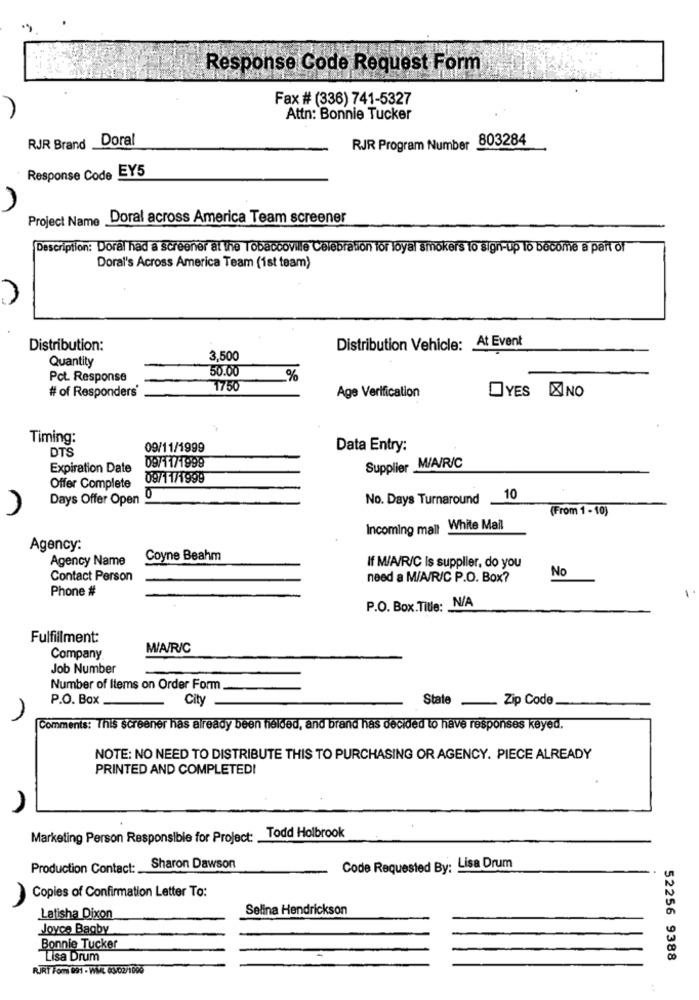
Response Code Request Form
Fax # (336) 741-5327
Attn: Bonnie Tucker
RJR Brand Doral
RJR Program Number 803284
Response Code EY5
Project Name Doral across America Team screener
Description: Doral had a screener at the Tobaccoville Celebration for loyal smokers to sign-up to become a part of
Doral's Across America Team (1st team)
Distribution:
Distribution Vehicle: At Event
Quantity
3,500
50.00
Pct. Response
%
# of Responders
1750
Age Verification
OYES ENO
Timing:
DTS
09/11/1999
Data Entry:
Expiration Date
09/11/1999
Supplier M/A/R/C
09/11/1999
Offer Complete
Days Offer Open 0
No. Days Turnaround 10
(From 1 - 10)
Incoming mall White Mail
Agency:
Agency Name
Coyne Beahm
If M/A/R/C Is supplier, do you
No
Contact Person
need a M/A/R/C P.O. Box?
Phone #
-
P.O. Box.Title: N/A
Fulfillment:
M/A/R/C
Company
Job Number
Number of Items on Order Form
P.O. Box __
City
State _
Zip Code
Comments: This screener has already been fielded, and brand has decided to have responses keyed.
NOTE: NO NEED TO DISTRIBUTE THIS TO PURCHASING OR AGENCY. PIECE ALREADY
PRINTED AND COMPLETED!
Marketing Person Responsible for Project: Todd Holbrook
Production Contact: Sharon Dawson
Code Requested By: Lisa Drum
Copies of Confirmation Letter To:
Selina Hendrickson
Latisha Dixon
Joyce Bagby
Bonnie Tucker
Lisa Drum
52256 9388
RIRT Fom 891 - WWW. 63/02/1000